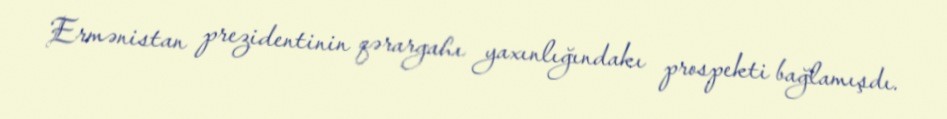
Ermənistan prezidentinin qərargahı yaxınlığındakı prospekti bağlamışdı.